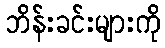
ဘိန်းခင်းများကို